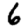
Digit: 6